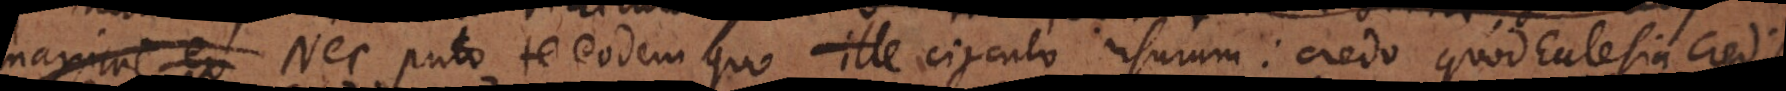
maxime ex Nec puto te eodem quo ille circulo usurum: credo quod Ecclesia cred